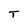
Character: T